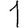
Digit: 1